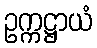
ဥက္ကဋ္ဌာယံ